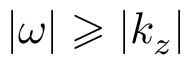
| \omega | \geqslant | k _ { z } |